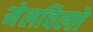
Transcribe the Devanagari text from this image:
मेलविल्ले